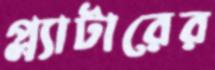
প্ল্যাটারের